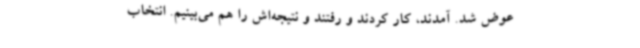
عوض شد. آمدند، کار کردند و رفتند و نتیجه‌اش را هم می‌بینیم. انتخاب